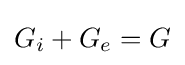
G_{i}+G_{e}=G